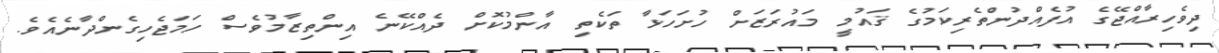
ދިވެހިރާއްޖޭގެ އުފެއްދުންތެރިކަމުގެ ޤައުމީ މައުރަޒަށް ހުށަހަޅާ ތަކެތި އާންމުކޮށް ދެއްކޭނެ އިންތިޒާމުވެސް ހަމަޖެހިގެންދާނެއެވެ.